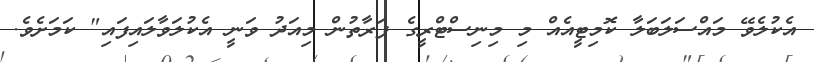
އެކުލެވޭ މައްސަލަބަލާ ކޮމިޓީއެއް މި މިނިސްޓްރީގެ ފަރާތުން މިއަދު ވަނީ އެކުލަވާލައިފައި" ކަމަށެވެ.